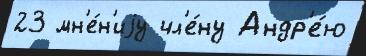
23 мн'е́н'иjу чл'е́ну Андр'е́ю